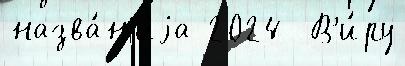
назва́н'иjа 2024  В'и́ру